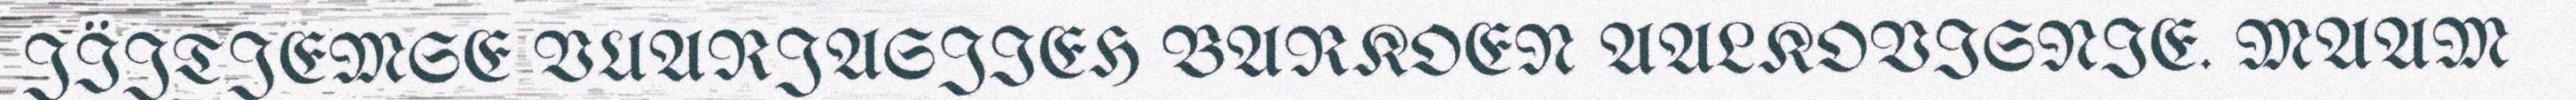
JÏJTJEMSE VUARJASJIEH BARKOEN AALKOVISNIE. MAAM